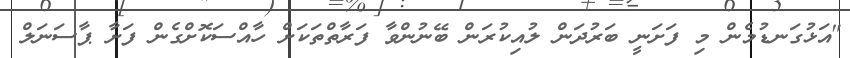
"އަޅުގަނޑުމެން މި ފަށަނީ ބަރުދަން ލުއިކުރަން ބޭނުންވާ ފަރާތްތަކަށް ހާއްސަކޮށްގެން ފަށާ ޕާސަނަލް